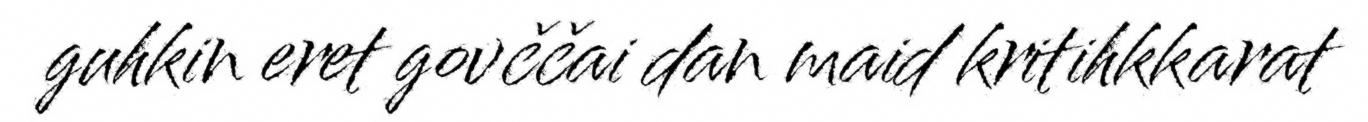
guhkin eret govččai dan maid kritihkkarat